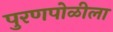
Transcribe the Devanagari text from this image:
पुरणपोळीला